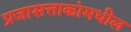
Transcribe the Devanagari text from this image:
प्रजासत्ताकांमधील